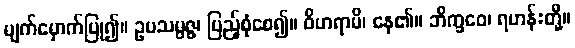
မျက်မှောက်ပြု၍။ ဥပသမ္ပဇ္ဇ၊ ပြည့်စုံစေ၍။ ဝိဟရာမိ၊ နေ၏။ ဘိက္ခဝေ၊ ရဟန်းတို့။